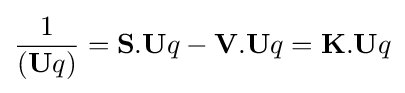
{\frac {1}{(\mathbf {U} q)}}=\mathbf {S.U} q-\mathbf {V.U} q=\mathbf {K.U} q